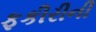
ફકીરીની